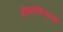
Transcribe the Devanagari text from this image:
जीवनक्रियाओं